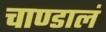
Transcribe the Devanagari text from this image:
चाण्डालं